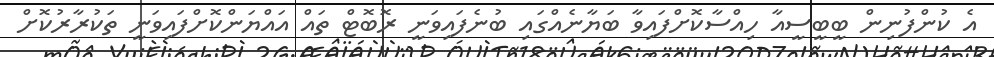
އެ ކުންފުނިން ބީބީސީއާ ހިއްސާކޮށްފައިވާ ބަޔާނެއްގައި ބުނެފައިވަނީ ރޮބޮޓް ތައް އައްޔަންކޮށްފައިވަނީ ތަކުރާރުކޮށް